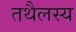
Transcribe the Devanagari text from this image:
तथैलस्य